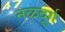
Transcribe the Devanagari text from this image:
नळदूर्ग